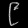
Digit: ၉